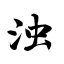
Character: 浊